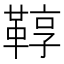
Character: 鞟